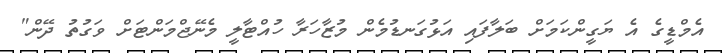
އެމްޑީގެ އެ ޔަގީންކަމަށް ބަލާފައި އަޅުގަނޑުމެން މުޒާހަރާ ހުއްޓާލީ މެނޭޖްމަންޓަށް ވަގުތު ދޭން"